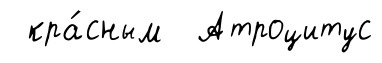
кра́сным Атроцитус